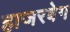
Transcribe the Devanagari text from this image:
हाजरबेग